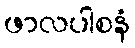
ဖာလပါစနံ